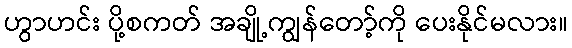
ဟွာဟင်း ပို့စကတ် အချို့ကျွန်တော့်ကို ပေးနိုင်မလား။